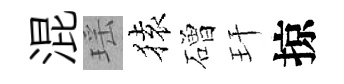
混瑶𫞤磳玕掠